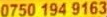
0750 194 9163